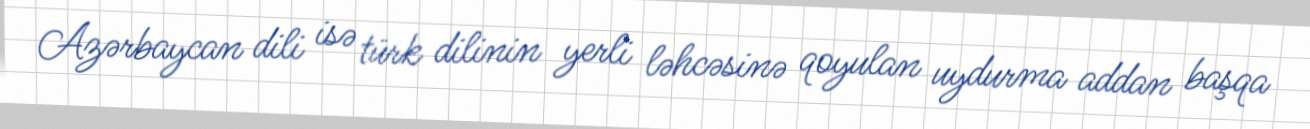
Azərbaycan dili isə türk dilinin yerli ləhcəsinə qoyulan uydurma addan başqa